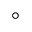
\circ